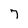
Character: 7